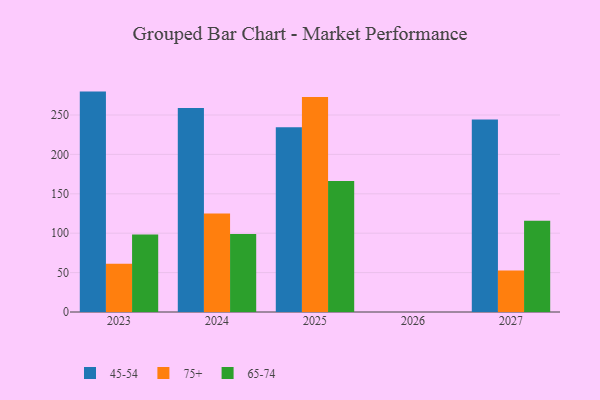
{"axis": {"x": "Year", "y": "Satisfaction Score"}, "legend": ["45-54", "65-74", "75+"], "data": [{"x": "2027", "y": 244.4, "type": "45-54"}, {"x": "2027", "y": 52.7, "type": "75+"}, {"x": "2027", "y": 115.7, "type": "65-74"}, {"x": "2025", "y": 234.3, "type": "45-54"}, {"x": "2025", "y": 272.8, "type": "75+"}, {"x": "2025", "y": 166.1, "type": "65-74"}, {"x": "2023", "y": 279.7, "type": "45-54"}, {"x": "2023", "y": 61.3, "type": "75+"}, {"x": "2023", "y": 98.3, "type": "65-74"}, {"x": "2024", "y": 258.9, "type": "45-54"}, {"x": "2024", "y": 125.1, "type": "75+"}, {"x": "2024", "y": 98.9, "type": "65-74"}]}